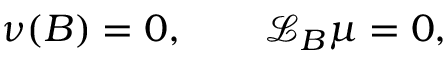
\nu ( B ) = 0 , \qquad \mathcal { L } _ { B } \mu = 0 ,